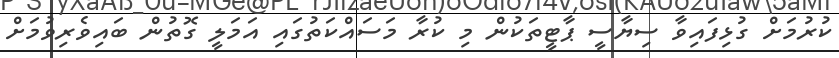
ކުރުމަށް ގުޅިފައިވާ ސިޔާސީ ޕާޓީތަކުން މި ކުރާ މަސައްކަތުގައި އަމަލީ ގޮތުން ބައިވެރިވުމަށް